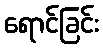
ရောင်ခြင်း